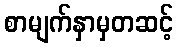
စာမျက်နှာမှတဆင့်